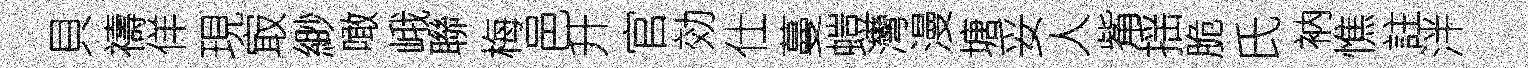
貝禱佯現㝡緲噉峨聯梅邑升官効仕蔓螘灣漫塘妥人觜揺脆氏衲憔註泮